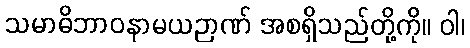
သမာဓိဘာဝနာမယဉာဏ် အစရှိသည်တို့ကို။ ဝါ၊